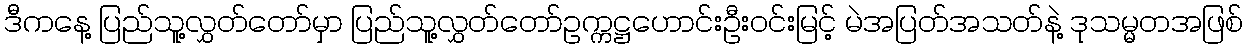
ဒီကနေ့ ပြည်သူ့လွှတ်တော်မှာ ပြည်သူ့လွှတ်တော်ဥက္ကဋ္ဌဟောင်းဦးဝင်းမြင့် မဲအပြတ်အသတ်နဲ့ ဒုသမ္မတအဖြစ်